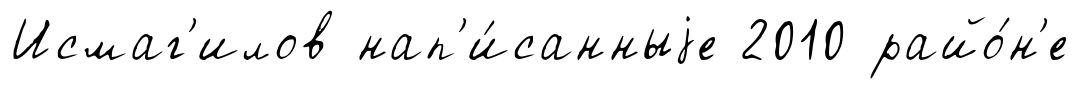
Исмаг'илов нап'и́санныjе 2010 райо́н'е